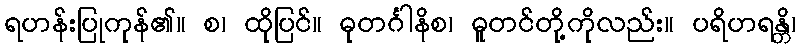
ရဟန်းပြုကုန်၏။ စ၊ ထိုပြင်။ ဓုတင်္ဂါနိစ၊ ဓူတင်တို့ကိုလည်း။ ပရိဟရန္တိ၊